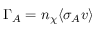
\Gamma _ { A } = n _ { \chi } \langle \sigma _ { A } v \rangle